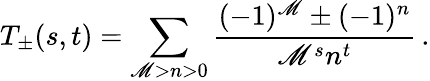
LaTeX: T_{\pm}(s,t)=\sum_{\mathscr{M}>n>0}\frac{{(-1)^{\mathscr{M}}\pm(-1)^{n}}}{{\mathscr{M}^{s}n^{t}}}\, .